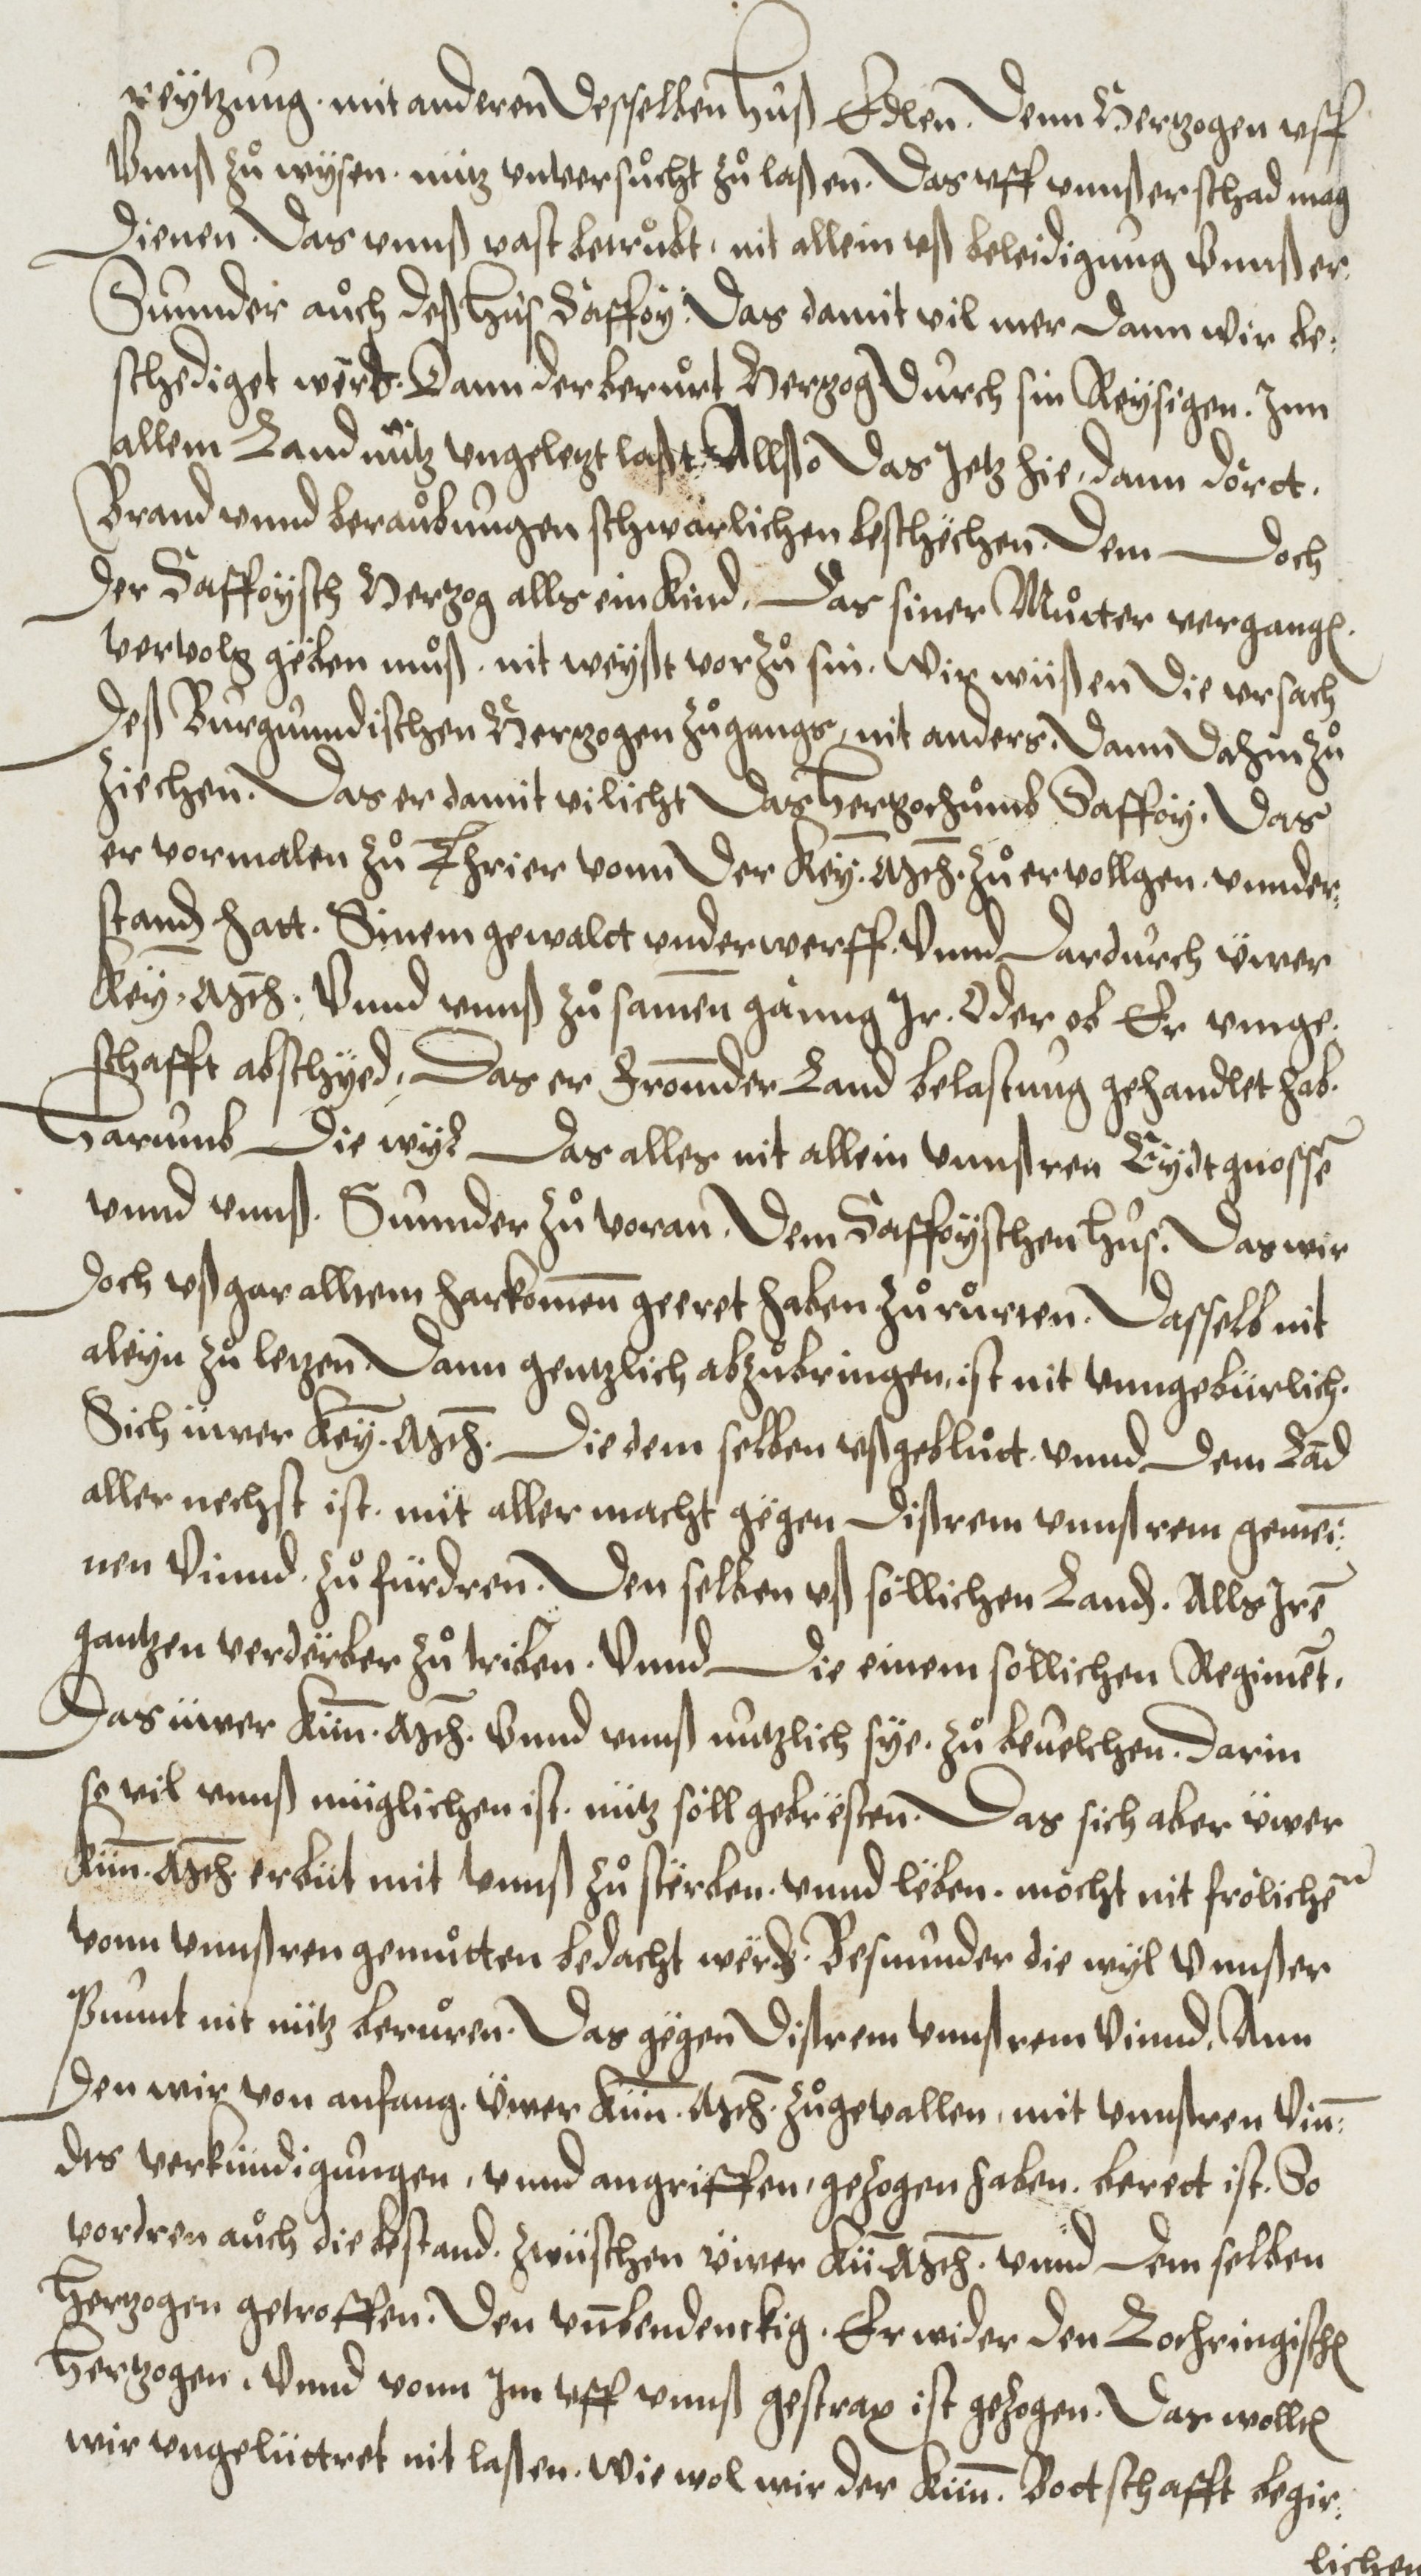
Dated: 1572–1572